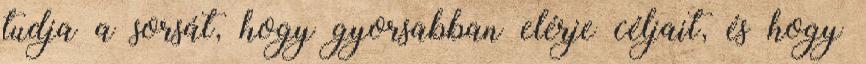
tudja a sorsát, hogy gyorsabban elérje céljait, és hogy